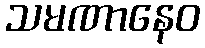
သမဏာနေဝ